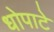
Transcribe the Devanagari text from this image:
धोपाटे